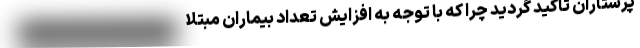
پرستاران تاکید گردید چرا که با توجه به افزایش تعداد بیماران مبتلا